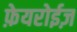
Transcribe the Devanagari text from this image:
फ़ेयरोईज़